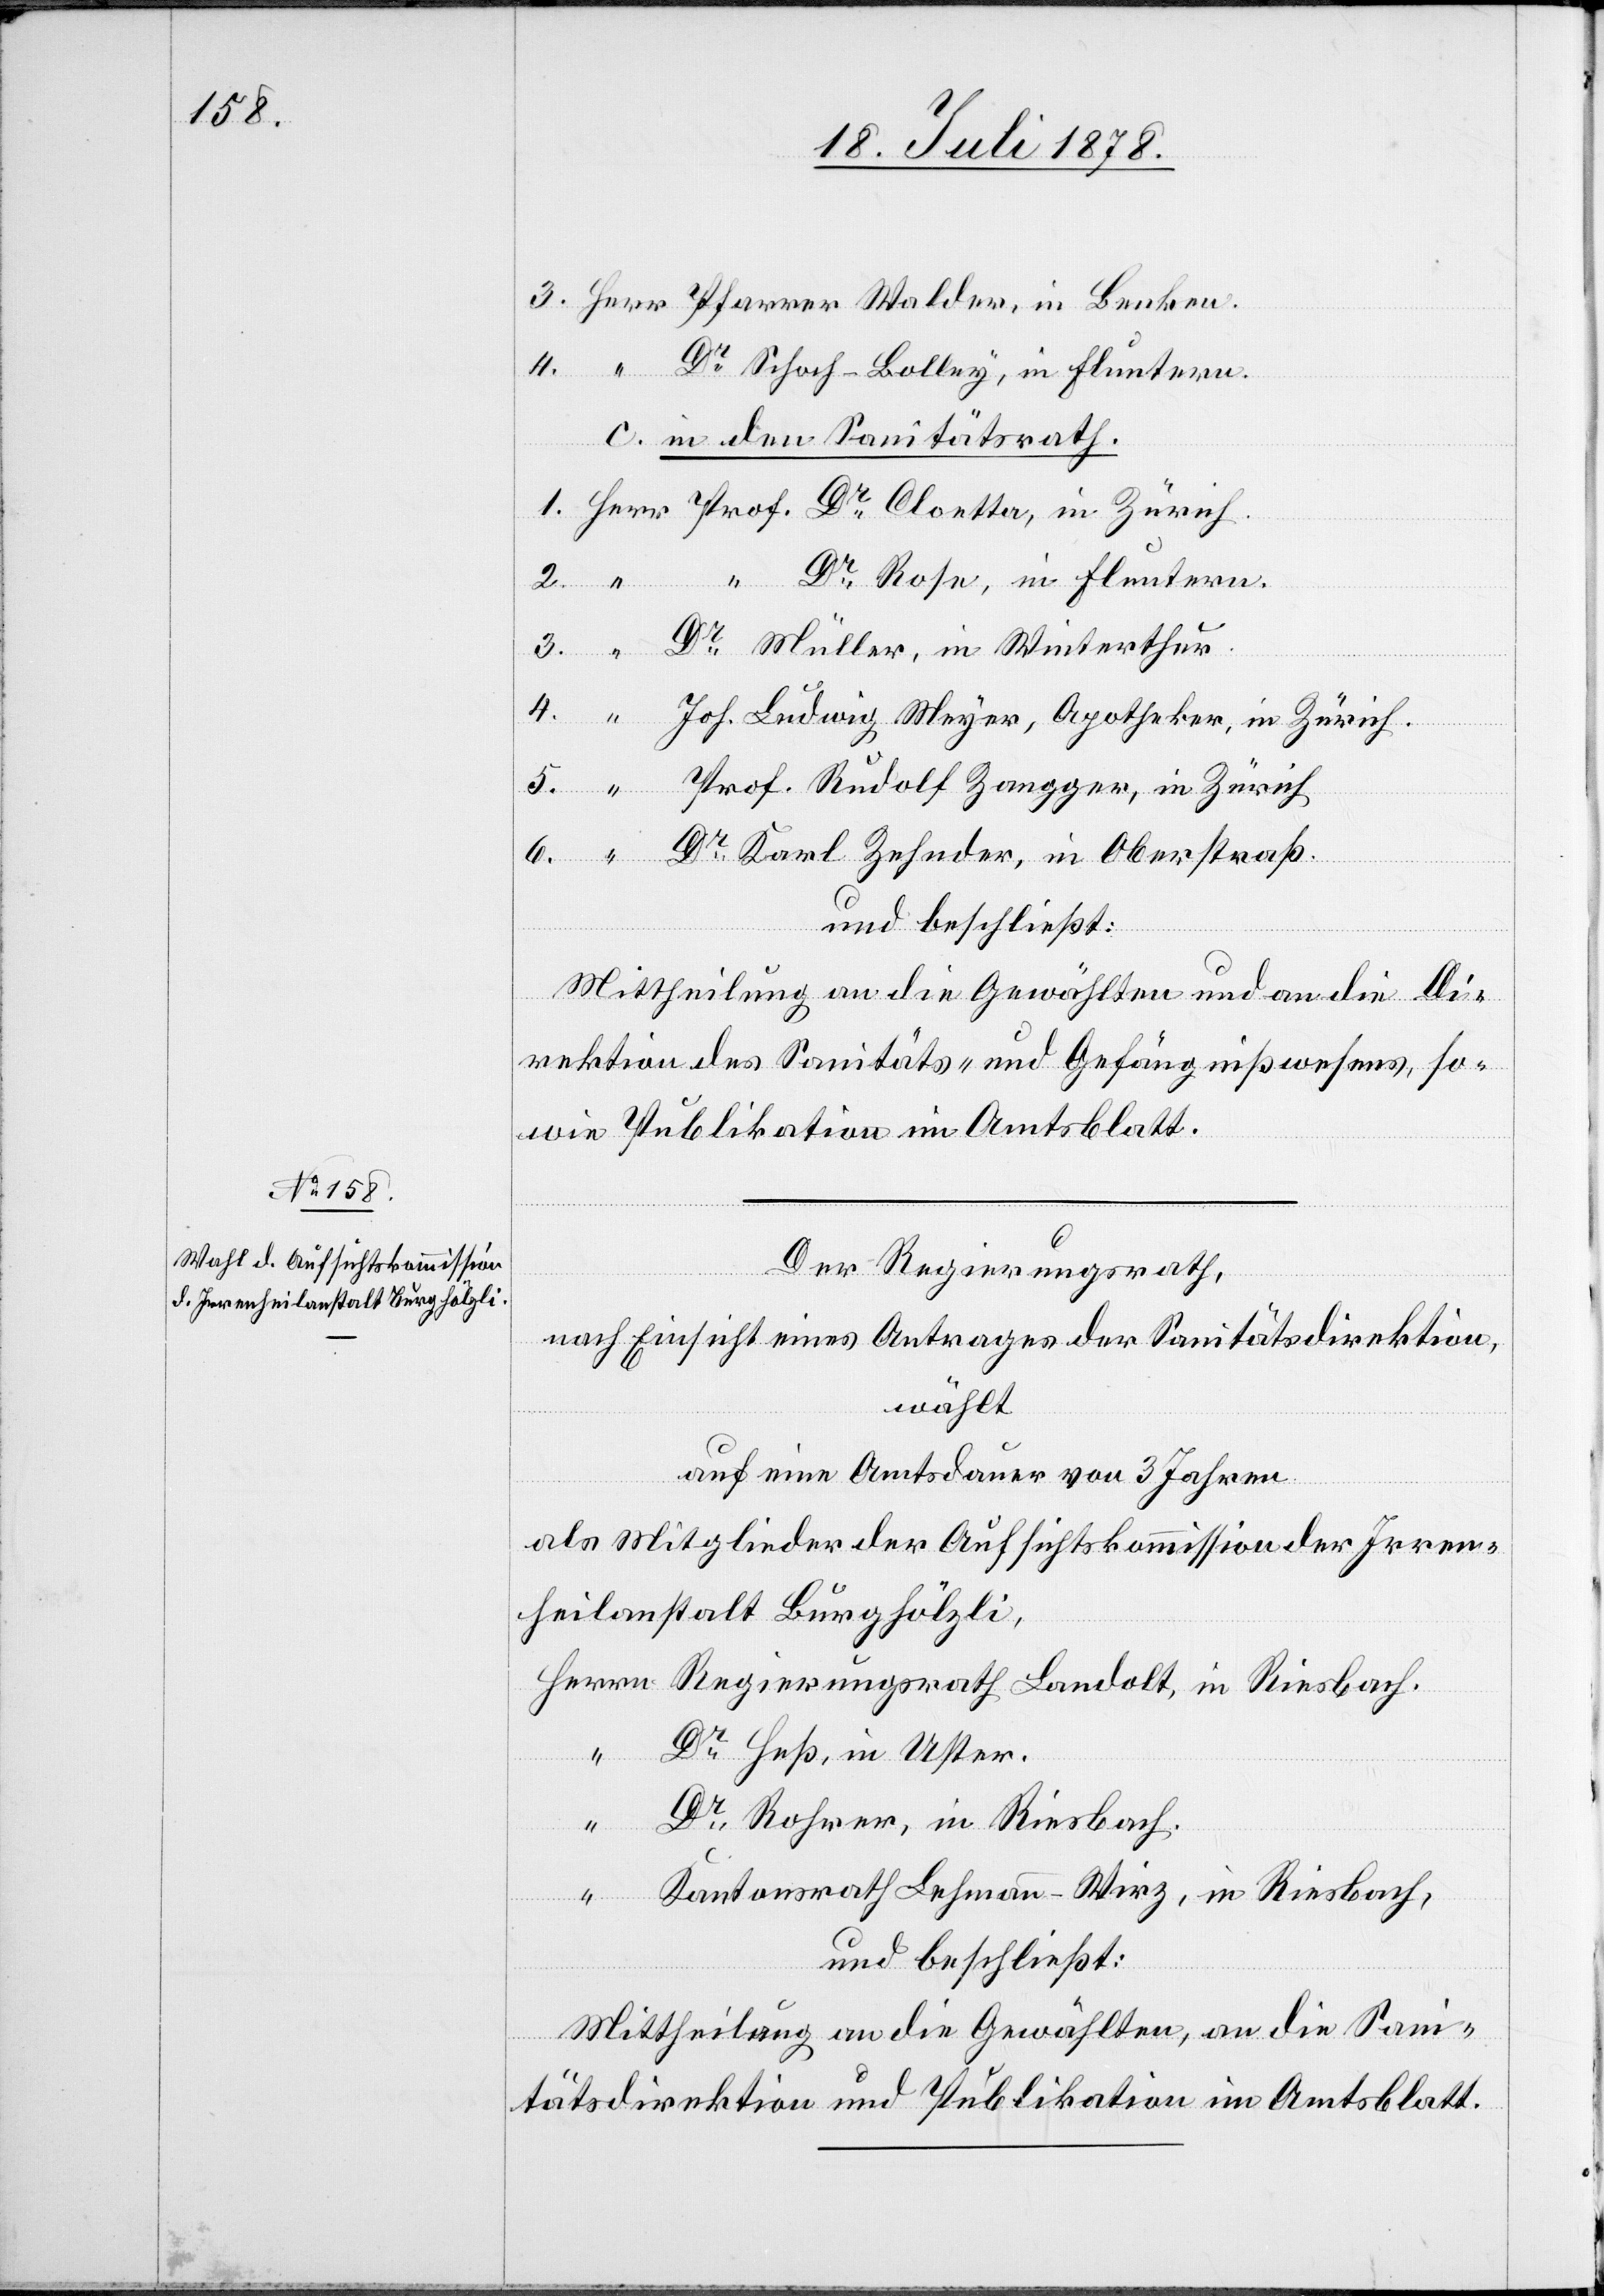
3. Herr Pfarrer Walder, in Benken.
4. “ Dr Schoch-Bolley, in Fluntern.
c. in den Sanitätsrath.
1. Herr Prof. Dr Cloetta, in Zürich.
“ Dr Rose, in Fluntern.
3. “ Dr Müller, in Winterthur,
4. “ Joh. Ludwig Meyer, Apotheker, in Zürich.
5. “ Prof. Rudolf Zangger, in Zürich
6. “ Dr Karl Zehnder, in Oberstraß.
“
und beschließt:
Mittheilung an die Gewählten und an die Di¬
rektion des Sanitäts- & Gefängnißwesens, so¬
wie Publikation im Amtsblatt.
Der Regierungsrath,
nach Einsicht eines Antrages der Direktion des Sanitätsdirektion,
wählt
auf eine Amtsdauer von 3 Jahren
als Mitglieder der Aufsichtskommission der Irren¬
heilanstalt Burghölzli,
Herrn Regierungsrath Landolt, in Riesbach.
“ Dr Heß, in Uster.
Dr Rohrer, in Riesbach.
“ Kantonsrath Lehmann-Wirz, in Riesbach,
und beschließt:
Mittheilung an die Gewählten, an die San¬
itätsdirektion und Publikation im Amtsblatt.